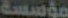
مؤسسة